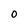
Character: O